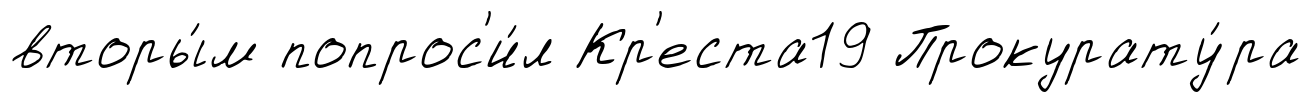
вторы́м попрос'и́л Кр'еста19 Прокурату́ра